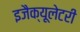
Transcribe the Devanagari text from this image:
इजैक्यूलेटरी